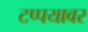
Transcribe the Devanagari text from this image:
टप्पयावर